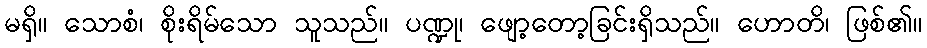
မရှိ။ သောစံ၊ စိုးရိမ်သော သူသည်။ ပဏ္ဍု၊ ဖျော့တော့ခြင်းရှိသည်။ ဟောတိ၊ ဖြစ်၏။